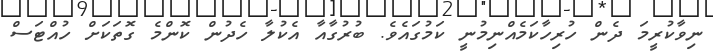
ނިވާކުރީމަ ދެން ހުރިހާކަމެއްނިމުނީ ކަމުގައެވެ. ބުރުގާއާ އެކުލާ ހެދުން ކޮންމެ ގޮތަކަށް ހުއްޓަސް